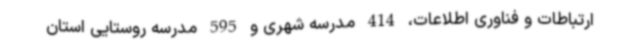
ارتباطات و فناوری اطلاعات، 414 مدرسه شهری و 595 مدرسه روستایی استان